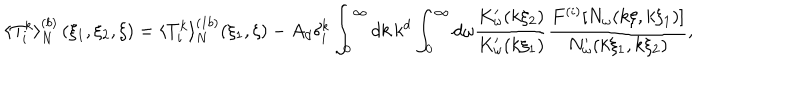
LaTeX: \langle T _ { i } ^ { k } \rangle _ { N } ^ { ( b ) } \left( \xi _ { 1 } , \xi _ { 2 } , \xi \right) = \langle T _ { i } ^ { k } \rangle _ { N } ^ { ( 1 b ) } ( \xi _ { 1 } , \xi ) - A _ { d } \delta _ { i } ^ { k } \int _ { 0 } ^ { \infty } d k \, k ^ { d } \int _ { 0 } ^ { \infty } d \omega \frac { K _ { \omega } ^ { \prime } ( k \xi _ { 2 } ) } { K _ { \omega } ^ { \prime } ( k \xi _ { 1 } ) } \frac { F ^ { ( i ) } [ N _ { \omega } ( k \xi , k \xi _ { 1 } ) ] } { N _ { \omega } ^ { \prime } ( k \xi _ { 1 } , k \xi _ { 2 } ) } ,